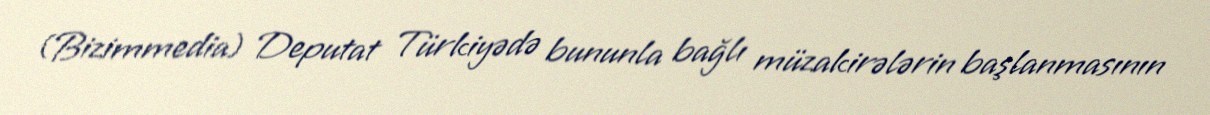
(Bizimmedia) Deputat Türkiyədə bununla bağlı müzakirələrin başlanmasının